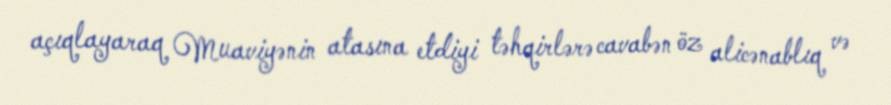
açıqlayaraq Muaviyənin atasına etdiyi təhqirlərə cavabən öz alicənablıq və